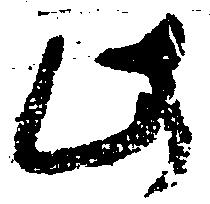
此